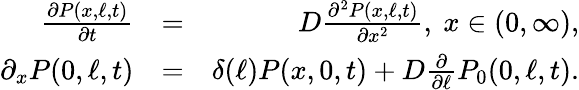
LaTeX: \begin{array}{rlr}{\frac{\partial P(x,\ell,t)}{\partial t}}&{=}&{D\frac{\partial^{2}P(x,\ell,t)}{\partial x^{2}},\ x\in(0,\infty),}\\ {\partial_{x}P(0,\ell,t)}&{=}&{\delta(\ell)P(x,0,t)+D\frac{\partial}{\partial\ell}P_{0}(0,\ell,t).}\end{array}